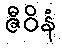
ဇီဝိနံ